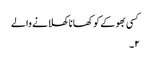
کسی بھوکے کو کھانا کھلانے والے
۲۔